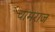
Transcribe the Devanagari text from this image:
चामराज